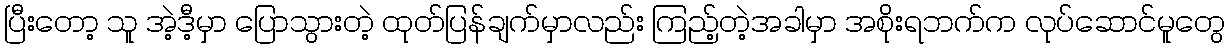
ပြီးတော့ သူ အဲ့ဒီ့မှာ ပြောသွားတဲ့ ထုတ်ပြန်ချက်မှာလည်း ကြည့်တဲ့အခါမှာ အစိုးရဘက်က လုပ်ဆောင်မူတွေ